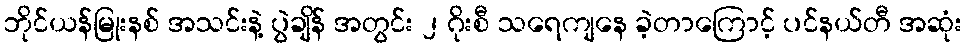
ဘိုင်ယန်မြုးနစ် အသင်းနဲ့ ပွဲချိန် အတွင်း ၂ ဂိုးစီ သရေကျနေ ခဲ့တာကြောင့် ပင်နယ်တီ အဆုံး